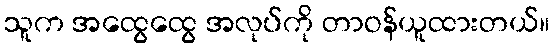
သူက အထွေထွေ အလုပ်ကို တာဝန်ယူထားတယ်။